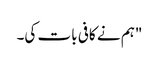
"ہم نے کافی بات کی۔